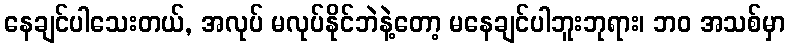
နေချင်ပါသေးတယ်, အလုပ် မလုပ်နိုင်ဘဲနဲ့တော့ မနေချင်ပါဘူးဘုရား၊ ဘဝ အသစ်မှာ